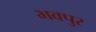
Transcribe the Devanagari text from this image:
भवपुर